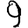
Digit: 9